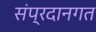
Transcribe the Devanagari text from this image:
संप्रदानगत